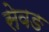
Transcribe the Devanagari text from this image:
सेवङ